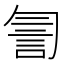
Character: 𧥻